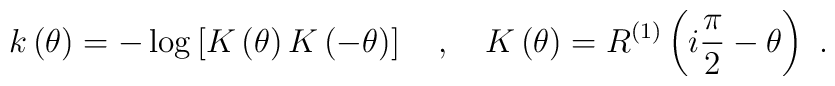
k\left( \theta \right) =-\log \left[K\left( \theta \right) K\left( -\theta\right)\right] \quad ,\quad K\left( \theta \right) =R^{(1)}\left( i\frac{\pi}{2}-\theta \right)\ .